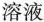
溶液